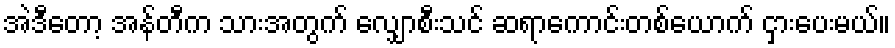
အဲဒီတော့ အန်တီက သားအတွက် လျှောစီးသင် ဆရာကောင်းတစ်ယောက် ငှားပေးမယ်။